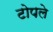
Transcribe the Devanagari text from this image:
टोपले